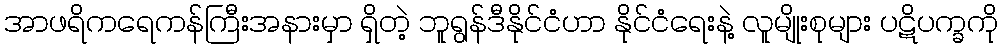
အာဖရိကရေကန်ကြီးအနားမှာ ရှိတဲ့ ဘူရွန်ဒီနိုင်ငံဟာ နိုင်ငံရေးနဲ့ လူမျိုးစုများ ပဋိပက္ခကို